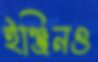
ইঞ্জিনও